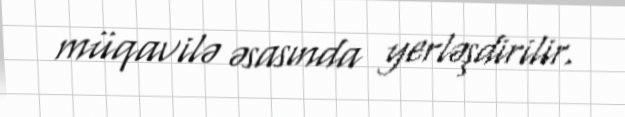
müqavilə əsasında yerləşdirilir.